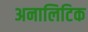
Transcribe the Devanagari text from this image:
अनालिटिक